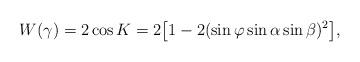
LaTeX: \begin{align*}W(\gamma)=2\cos K=2\bigl[1-2(\sin\varphi\sin\alpha\sin\beta)^2\bigl],\end{align*}